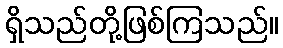
ရှိသည်တို့ဖြစ်ကြသည်။